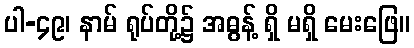
ပါ-၄၉၊ နာမ် ရုပ်တို့၌ အဓွန့် ရှိ မရှိ မေးဖြေ။